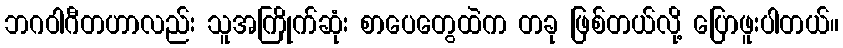
ဘဂဝါဂီတဟာလည်း သူအကြိုက်ဆုံး စာပေတွေထဲက တခု ဖြစ်တယ်လို့ ပြောဖူးပါတယ်။